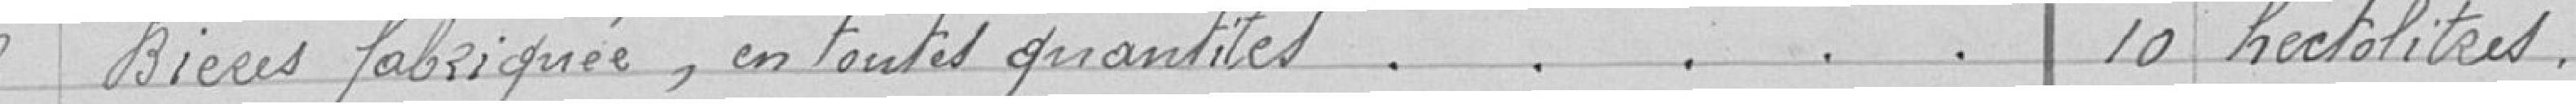
2 Bières fabriquée, en toutes quantités     10 hectolitres